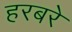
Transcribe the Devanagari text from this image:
हरबरे